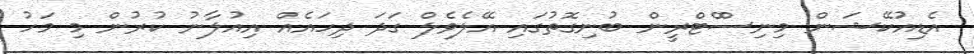
އެޑިއުކޭޝަން މިނިސްްޓްރީން ބުނިގޮތުގައި އޭލެވެލް ގަދަ ދިހައެއް އިއުލާނު ކުރުން މި މަހު